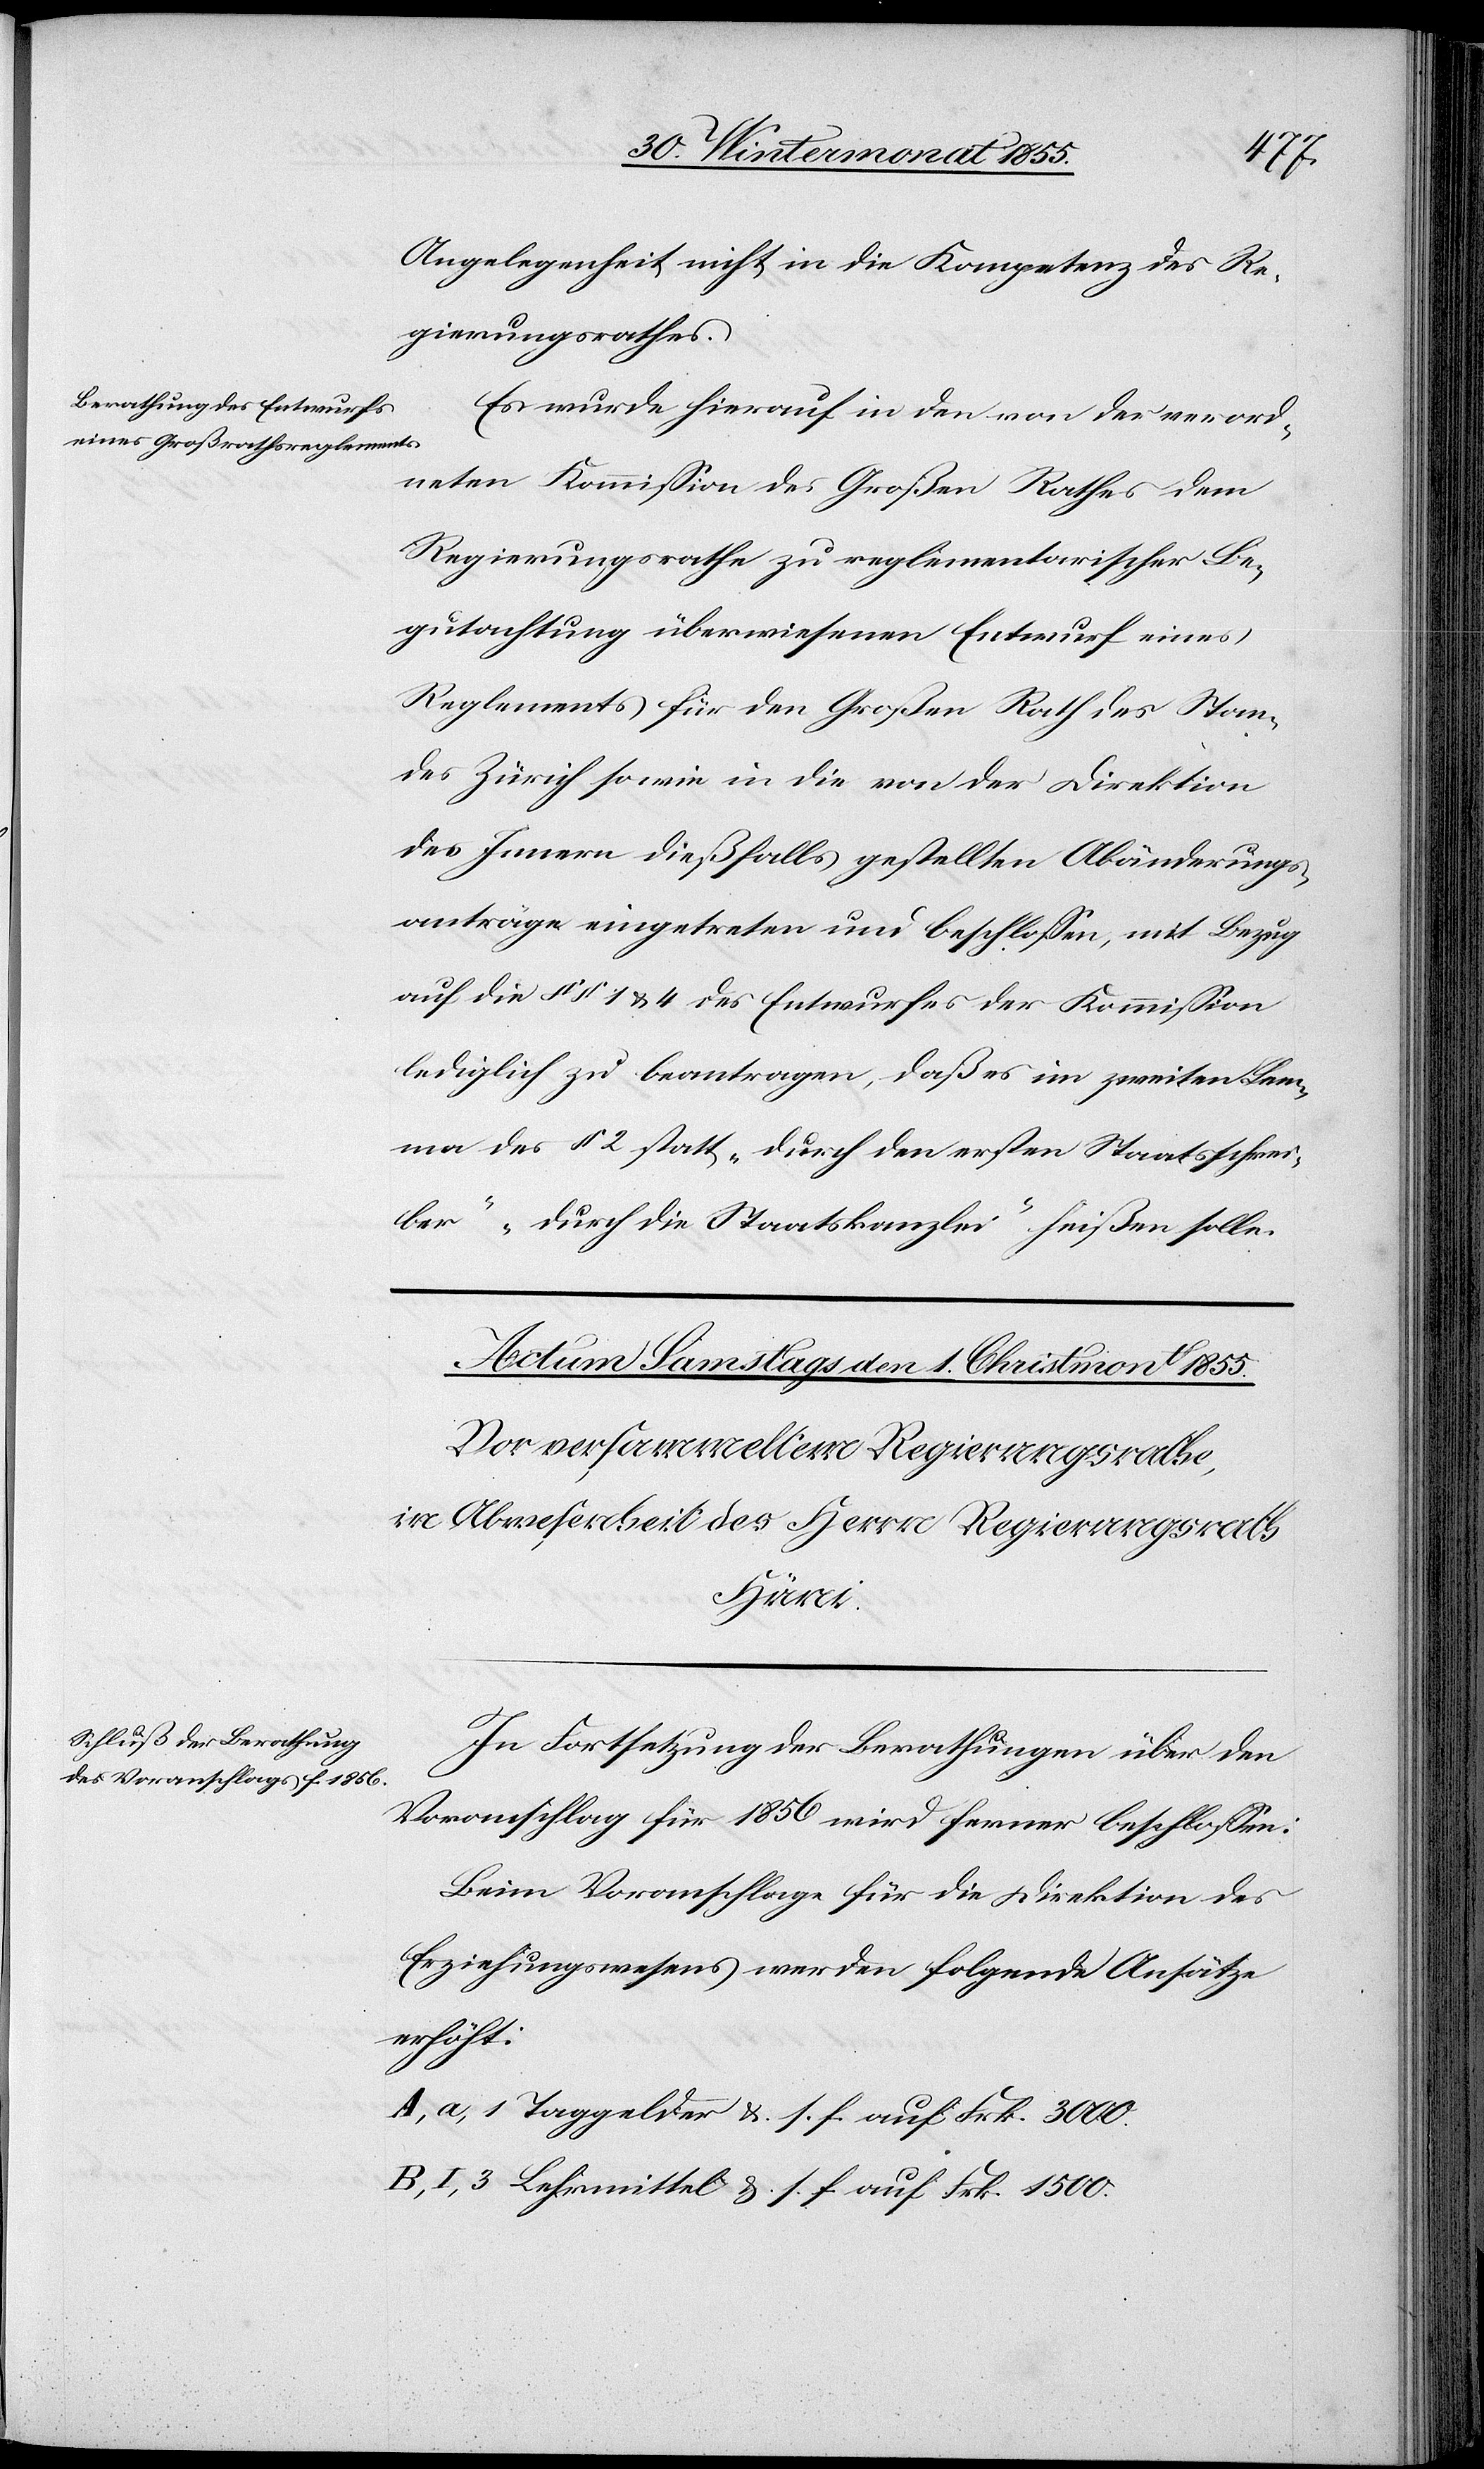
Angelegenheit nicht in die Kompetenz des Re¬
gierungsrathes.
Es wurde hierauf in den von der verord¬
neten Kommission des Großen Rathes dem
Regierungsrathe zu reglementarischer Be¬
gutachtung überwiesenen Entwurf eines
Reglements für den Großen Rath des Stan¬
des Zürich sowie in die von der Direktion
des Innern dießfalls gestellten Abänderungs¬
anträge eingetreten und beschlossen, mit Bezug
auf die §§ 1 & 4 des Entwurfes der Kommission
lediglich zu beantragen, daß es im zweiten Lem¬
ma des § 2 statt „durch den ersten Staatsschrei¬
ber“ „durch die Staatskanzlei“ heißen solle.
In Fortsetzung der Berathungen über den
Voranschlag für 1856 wird ferner beschlossen:
Beim Voranschlage für die Direktion des
Erziehungswesens werden folgende Ansätze
erhöht:
A, a, 1 Taggelder &. s. f. auf Frk. 3000.
B, I, 3 Lehrmittel &. s. f. auf Frk. 1500.